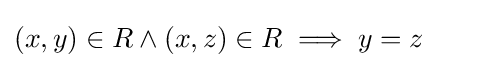
(x,y)\in R\land (x,z)\in R\implies y=z\qquad